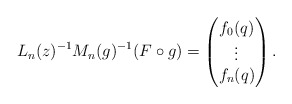
\begin{align*} L_n(z)^{-1}M_n(g)^{-1}(F\circ g) = \left(\begin{matrix} f_0(q)\\ \vdots\\ f_n(q) \end{matrix} \right).\end{align*}